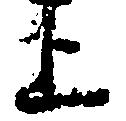
上